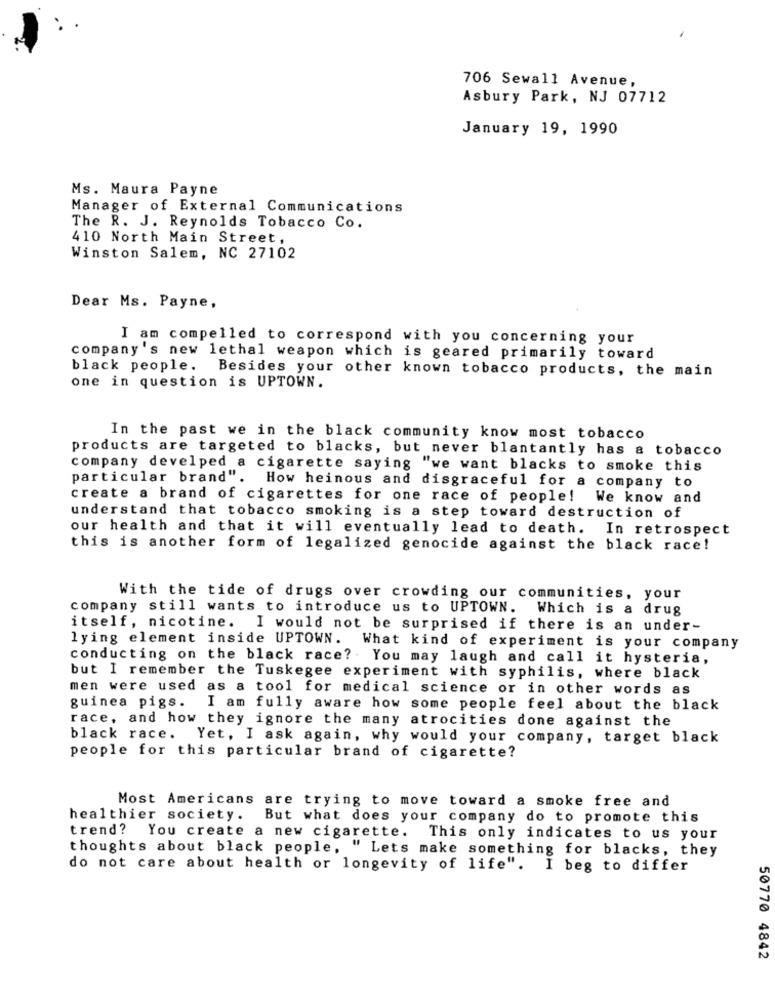
706 Sewall Avenue,
Asbury Park, NJ 07712
January 19, 1990
Ms. Maura Payne
Manager of External Communications
The R. J. Reynolds Tobacco Co.
410 North Main Street,
Winston Salem, NC 27102
Dear Ms. Payne,
I am compelled to correspond with you concerning your
company's new lethal weapon which is geared primarily toward
black people. Besides your other known tobacco products, the main
one in question is UPTOWN.
In the past we in the black community know most tobacco
products are targeted to blacks, but never blantantly has a tobacco
company develped a cigarette saying "we want blacks to smoke this
particular brand". How heinous and disgraceful for a company to
create a brand of cigarettes for one race of people! We know and
understand that tobacco smoking is a step toward destruction of
our health and that it will eventually lead to death. In retrospect
this is another form of legalized genocide against the black race!
With the tide of drugs over crowding our communities, your
company still wants to introduce us to UPTOWN. Which is a drug
itself, nicotine. I would not be surprised if there is an under-
lying element inside UPTOWN. What kind of experiment is your company
conducting on the black race? . You may laugh and call it hysteria,
but I remember the Tuskegee experiment with syphilis, where black
men were used as a tool for medical science or in other words as
guinea pigs. I am fully aware how some people feel about the black
race, and how they ignore the many atrocities done against the
black race. Yet, I ask again, why would your company, target black
people for this particular brand of cigarette?
Most Americans are trying to move toward a smoke free and
healthier society.
But what does your company do to promote this
trend? You create a new cigarette.
This only indicates to us your
thoughts about black people, " Lets make something for blacks, they
do not care about health or longevity of life". I beg to differ
50770 4842